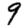
Digit: 9